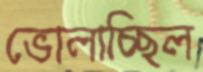
ভোলাচ্ছিল